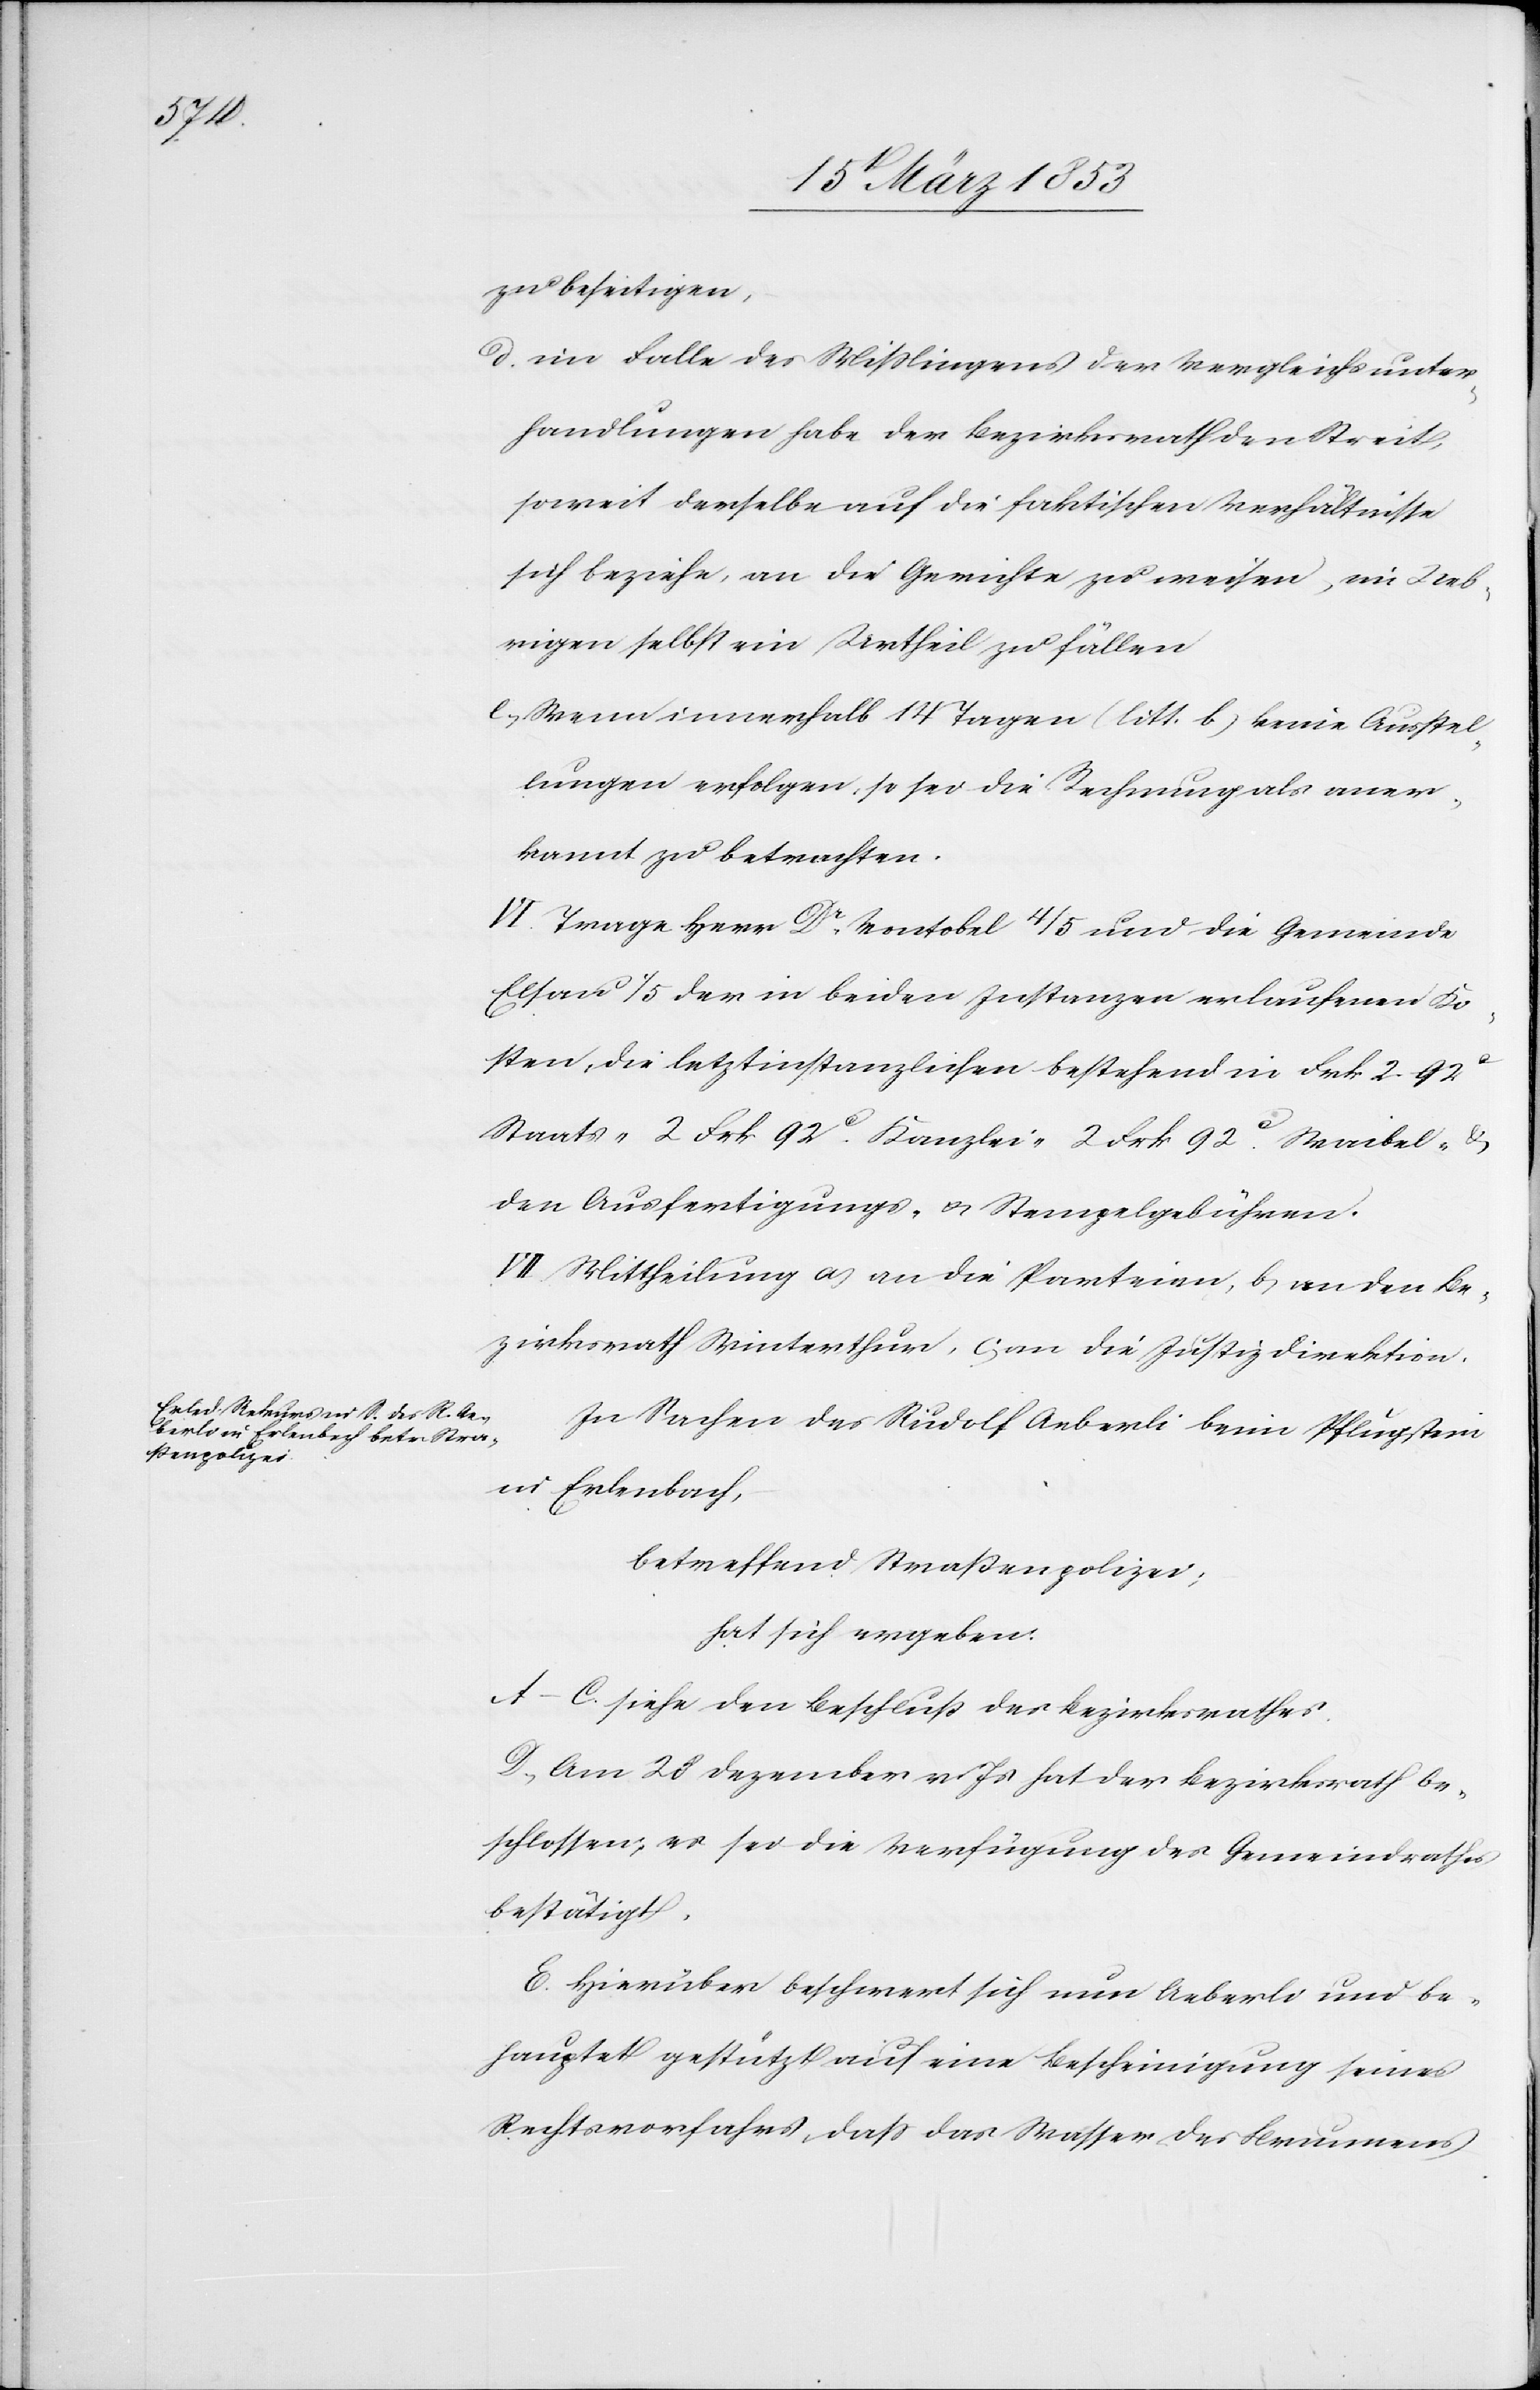
zu beseitigen,
d) im Falle des Mißlingens der Vergleichsunter¬
handlungen habe der Bezirksrath den Streit
soweit derselbe auf die faktischen Verhältnisse
sich beziehe, an die Gewichte zu weisen, im Ueb¬
rigen selbst ein Urtheil zu fällen.
e) Wenn innerhalb 14 Tagen (litt. b.) keine Auszah¬
lungen erfolgen, so sei die Rechnung als aner¬
kannt zu betrachten.
VI. Trage Herr Dr. Vontobel 4/5 und die Gemeinde
Elsau 1/5 der in beiden Instanzen erlaufenen Ko¬
sten, die letztinstanzlichen bestehend in Frk. 2. 92
Staats- und 2 Frk. 92 c. Kanzlei- 2 Frk. 92 c. Waibel- u.
den Ausfertigungs- u. Stempelgebühren.
VII. Mittheilung a) an die Parteien, b) an den Be¬
zirksrath Winterthur, c) an die Justiz-Direktion.
In Sachen des Rudolf Aeberli beim Pflugstein
in Erlenbach,
betreffend Straßenpolizei;
hat sich ergeben.
A–C. siehe den Beschluß des Bezirksrathes.
D. Am 28 Dezember v. Js. hat der Bezirksrath be¬
schlossen, es sei die Verfügung des Gemeindrathes
bestätigt.
E. Hierüber beschwert sich nun Aeberli und be¬
hauptet gestützt auf eine Bescheinigung seines
Rechtsvorfahrs, daß das Wasser des Brunnens